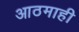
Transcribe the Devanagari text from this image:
आठमाही